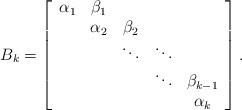
LaTeX: \begin{align*}B_{k}=\left[\begin{array}{ccccc}\alpha_{1} & \beta_{1}\\ & \alpha_{2} & \beta_{2}\\ & & \ddots & \ddots\\ & & & \ddots & \beta_{k-1}\\ & & & & \alpha_{k}\end{array}\right].\end{align*}